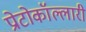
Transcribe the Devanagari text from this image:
प्रोटोकॉल्लारी